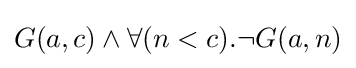
G(a,c)\land \forall (n<c).\neg G(a,n)